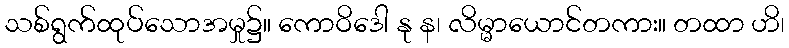
သစ်ရွက်ထုပ်သောအမှု၌။ ကောဝိဒေါ နု န၊ လိမ္မာယောင်တကား။ တထာ ဟိ၊